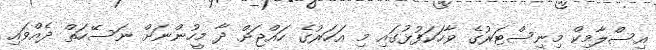
އިސްލާމިކް މިނިސްޓަރުގެ ވާހަކަފުޅުގައި މި އަހަރުގެ ހައްޖަށް ދާ މީހުންނަށް ނަސޭހަތް ދެއްވައި